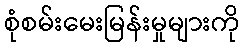
စုံစမ်းမေးမြန်းမှုများကို